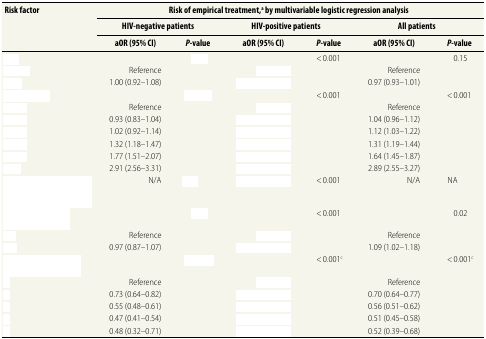
<table><thead><tr><td rowspan="3"><b>Risk factor</b></td><td colspan="6"><b>Risk of empirical treatment,<sup>a</sup> by multivariable logistic regression analysis</b></td></tr><tr><td colspan="2"><b>HIV-negative patients</b></td><td colspan="2"><b>HIV-positive patients</b></td><td colspan="2"><b>All patients</b></td></tr><tr><td><b>aOR (95% CI)</b></td><td><b><i>P</i>-value</b></td><td><b>aOR (95% CI)</b></td><td><b><i>P</i>-value</b></td><td><b>aOR (95% CI)</b></td><td><b><i>P</i>-value</b></td></tr></thead><tbody><tr><td>[EMPTY_CELL]</td><td>[EMPTY_CELL]</td><td>[EMPTY_CELL]</td><td>[EMPTY_CELL]</td><td>&lt; 0.001</td><td>[EMPTY_CELL]</td><td>0.15</td></tr><tr><td>[EMPTY_CELL]</td><td>Reference</td><td>[EMPTY_CELL]</td><td>[EMPTY_CELL]</td><td>[EMPTY_CELL]</td><td>Reference</td><td>[EMPTY_CELL]</td></tr><tr><td>[EMPTY_CELL]</td><td>1.00 (0.92–1.08)</td><td>[EMPTY_CELL]</td><td>[EMPTY_CELL]</td><td>[EMPTY_CELL]</td><td>0.97 (0.93–1.01)</td><td>[EMPTY_CELL]</td></tr><tr><td>[EMPTY_CELL]</td><td>[EMPTY_CELL]</td><td>[EMPTY_CELL]</td><td>[EMPTY_CELL]</td><td>&lt; 0.001</td><td>[EMPTY_CELL]</td><td>&lt; 0.001</td></tr><tr><td>[EMPTY_CELL]</td><td>Reference</td><td>[EMPTY_CELL]</td><td>[EMPTY_CELL]</td><td>[EMPTY_CELL]</td><td>Reference</td><td>[EMPTY_CELL]</td></tr><tr><td>[EMPTY_CELL]</td><td>0.93 (0.83–1.04)</td><td>[EMPTY_CELL]</td><td>[EMPTY_CELL]</td><td>[EMPTY_CELL]</td><td>1.04 (0.96–1.12)</td><td>[EMPTY_CELL]</td></tr><tr><td>[EMPTY_CELL]</td><td>1.02 (0.92–1.14)</td><td>[EMPTY_CELL]</td><td>[EMPTY_CELL]</td><td>[EMPTY_CELL]</td><td>1.12 (1.03–1.22)</td><td>[EMPTY_CELL]</td></tr><tr><td>[EMPTY_CELL]</td><td>1.32 (1.18–1.47)</td><td>[EMPTY_CELL]</td><td>[EMPTY_CELL]</td><td>[EMPTY_CELL]</td><td>1.31 (1.19–1.44)</td><td>[EMPTY_CELL]</td></tr><tr><td>[EMPTY_CELL]</td><td>1.77 (1.51–2.07)</td><td>[EMPTY_CELL]</td><td>[EMPTY_CELL]</td><td>[EMPTY_CELL]</td><td>1.64 (1.45–1.87)</td><td>[EMPTY_CELL]</td></tr><tr><td>[EMPTY_CELL]</td><td>2.91 (2.56–3.31)</td><td>[EMPTY_CELL]</td><td>[EMPTY_CELL]</td><td>[EMPTY_CELL]</td><td>2.89 (2.55–3.27)</td><td>[EMPTY_CELL]</td></tr><tr><td>[EMPTY_CELL]</td><td>N/A</td><td>[EMPTY_CELL]</td><td>[EMPTY_CELL]</td><td>&lt; 0.001</td><td>N/A</td><td>NA</td></tr><tr><td>[EMPTY_CELL]</td><td>[EMPTY_CELL]</td><td>[EMPTY_CELL]</td><td>[EMPTY_CELL]</td><td>&lt; 0.001</td><td>[EMPTY_CELL]</td><td>0.02</td></tr><tr><td>[EMPTY_CELL]</td><td>Reference</td><td>[EMPTY_CELL]</td><td>[EMPTY_CELL]</td><td>[EMPTY_CELL]</td><td>Reference</td><td>[EMPTY_CELL]</td></tr><tr><td>[EMPTY_CELL]</td><td>0.97 (0.87–1.07)</td><td>[EMPTY_CELL]</td><td>[EMPTY_CELL]</td><td>[EMPTY_CELL]</td><td>1.09 (1.02–1.18)</td><td>[EMPTY_CELL]</td></tr><tr><td>[EMPTY_CELL]</td><td>[EMPTY_CELL]</td><td>[EMPTY_CELL]</td><td>[EMPTY_CELL]</td><td>&lt; 0.001<sup>c</sup></td><td>[EMPTY_CELL]</td><td>&lt; 0.001<sup>c</sup></td></tr><tr><td>[EMPTY_CELL]</td><td>Reference</td><td>[EMPTY_CELL]</td><td>[EMPTY_CELL]</td><td>[EMPTY_CELL]</td><td>Reference</td><td>[EMPTY_CELL]</td></tr><tr><td>[EMPTY_CELL]</td><td>0.73 (0.64–0.82)</td><td>[EMPTY_CELL]</td><td>[EMPTY_CELL]</td><td>[EMPTY_CELL]</td><td>0.70 (0.64–0.77)</td><td>[EMPTY_CELL]</td></tr><tr><td>[EMPTY_CELL]</td><td>0.55 (0.48–0.61)</td><td>[EMPTY_CELL]</td><td>[EMPTY_CELL]</td><td>[EMPTY_CELL]</td><td>0.56 (0.51–0.62)</td><td>[EMPTY_CELL]</td></tr><tr><td>[EMPTY_CELL]</td><td>0.47 (0.41–0.54)</td><td>[EMPTY_CELL]</td><td>[EMPTY_CELL]</td><td>[EMPTY_CELL]</td><td>0.51 (0.45–0.58)</td><td>[EMPTY_CELL]</td></tr><tr><td>[EMPTY_CELL]</td><td>0.48 (0.32–0.71)</td><td>[EMPTY_CELL]</td><td>[EMPTY_CELL]</td><td>[EMPTY_CELL]</td><td>0.52 (0.39–0.68)</td><td>[EMPTY_CELL]</td></tr></tbody></table>